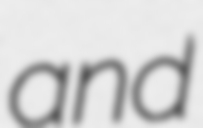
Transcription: and